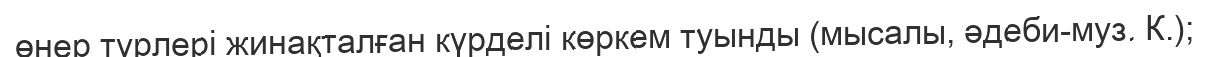
өнер түрлері жинақталған күрделі көркем туынды (мысалы, әдеби-муз. К.);